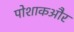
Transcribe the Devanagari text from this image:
पोशाकऔर